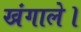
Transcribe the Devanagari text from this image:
खंगाले।